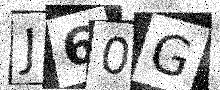
Text: J60G